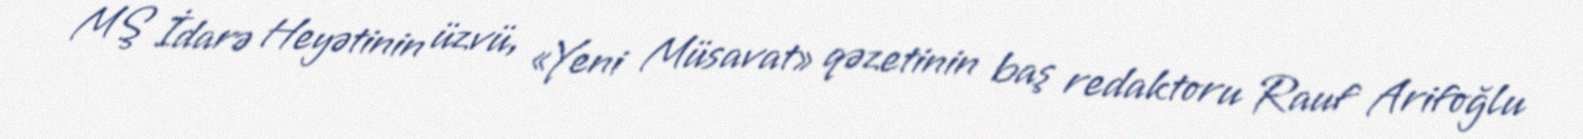
MŞ İdarə Heyətinin üzvü, «Yeni Müsavat» qəzetinin baş redaktoru Rauf Arifoğlu